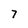
Character: 7